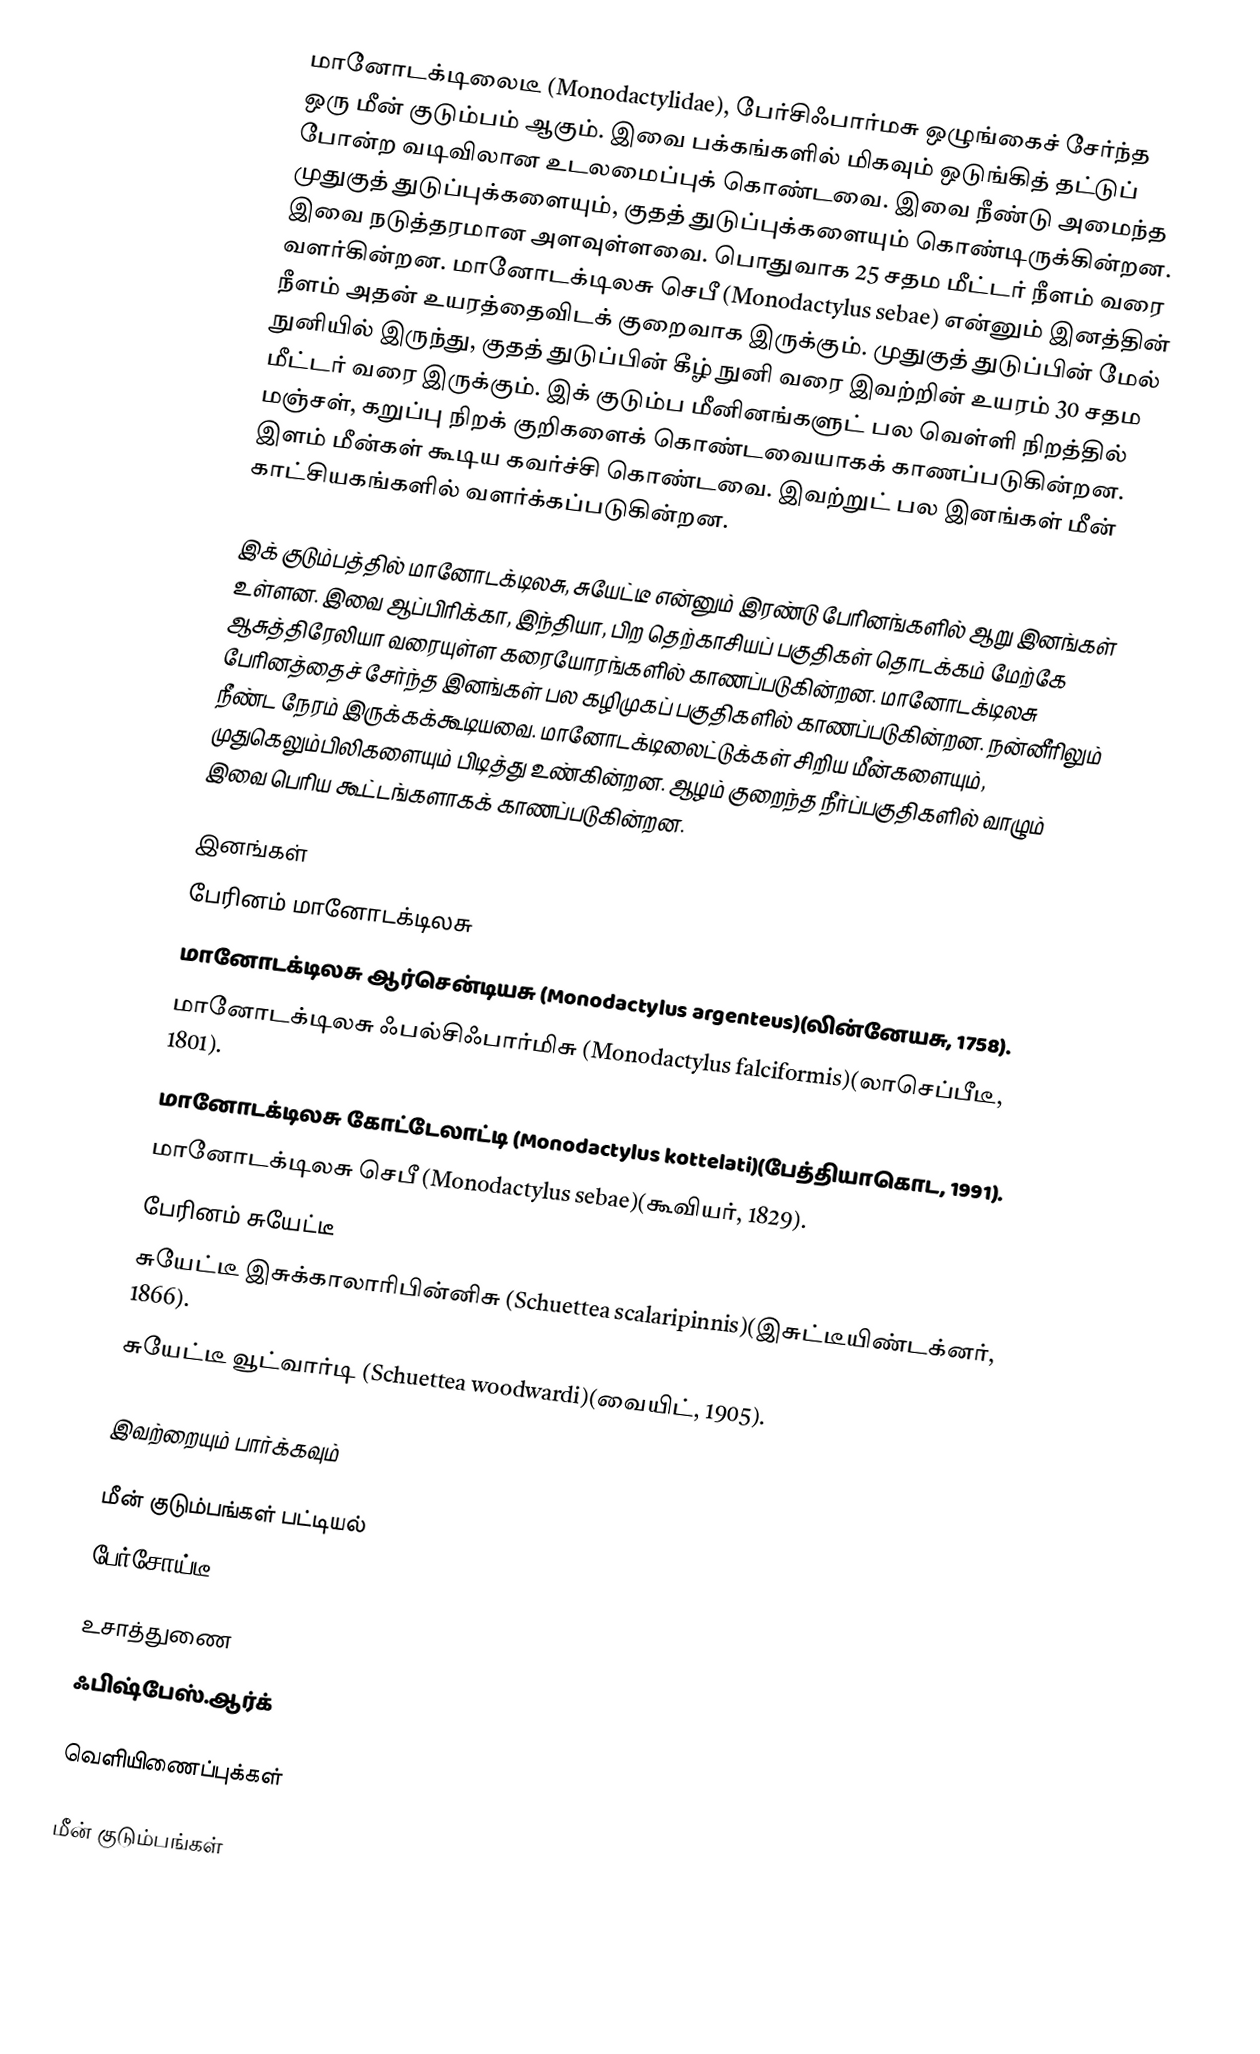
மானோடக்டிலைடீ (Monodactylidae), பேர்சிஃபார்மசு ஒழுங்கைச் சேர்ந்த ஒரு மீன் குடும்பம் ஆகும். இவை பக்கங்களில் மிகவும் ஒடுங்கித் தட்டுப் போன்ற வடிவிலான உடலமைப்புக் கொண்டவை. இவை நீண்டு அமைந்த முதுகுத் துடுப்புக்களையும், குதத் துடுப்புக்களையும் கொண்டிருக்கின்றன. இவை நடுத்தரமான அளவுள்ளவை. பொதுவாக 25 சதம மீட்டர் நீளம் வரை வளர்கின்றன. மானோடக்டிலசு செபீ (Monodactylus sebae) என்னும் இனத்தின் நீளம் அதன் உயரத்தைவிடக் குறைவாக இருக்கும். முதுகுத் துடுப்பின் மேல் நுனியில் இருந்து, குதத் துடுப்பின் கீழ் நுனி வரை இவற்றின் உயரம் 30 சதம மீட்டர் வரை இருக்கும். இக் குடும்ப மீனினங்களுட் பல வெள்ளி நிறத்தில் மஞ்சள், கறுப்பு நிறக் குறிகளைக் கொண்டவையாகக் காணப்படுகின்றன. இளம் மீன்கள் கூடிய கவர்ச்சி கொண்டவை. இவற்றுட் பல இனங்கள் மீன் காட்சியகங்களில் வளர்க்கப்படுகின்றன.

இக் குடும்பத்தில் மானோடக்டிலசு, சுயேட்டீ என்னும் இரண்டு பேரினங்களில் ஆறு இனங்கள் உள்ளன. இவை ஆப்பிரிக்கா, இந்தியா, பிற தெற்காசியப் பகுதிகள் தொடக்கம் மேற்கே ஆசுத்திரேலியா வரையுள்ள கரையோரங்களில் காணப்படுகின்றன. மானோடக்டிலசு பேரினத்தைச் சேர்ந்த இனங்கள் பல கழிமுகப் பகுதிகளில் காணப்படுகின்றன. நன்னீரிலும் நீண்ட நேரம் இருக்கக்கூடியவை. மானோடக்டிலைட்டுக்கள் சிறிய மீன்களையும், முதுகெலும்பிலிகளையும் பிடித்து உண்கின்றன. ஆழம் குறைந்த நீர்ப்பகுதிகளில் வாழும் இவை பெரிய கூட்டங்களாகக் காணப்படுகின்றன.

இனங்கள்
 பேரினம் மானோடக்டிலசு
 மானோடக்டிலசு ஆர்சென்டியசு (Monodactylus argenteus)(லின்னேயசு, 1758).
 மானோடக்டிலசு ஃபல்சிஃபார்மிசு (Monodactylus falciformis)(லாசெப்பீடீ, 1801).
 மானோடக்டிலசு கோட்டேலாட்டி (Monodactylus kottelati)(பேத்தியாகொட, 1991).
 மானோடக்டிலசு செபீ (Monodactylus sebae)(கூவியர், 1829).
 பேரினம் சுயேட்டீ
 சுயேட்டீ இசுக்காலாரிபின்னிசு (Schuettea scalaripinnis)(இசுட்டீயிண்டக்னர், 1866).
 சுயேட்டீ வூட்வார்டி (Schuettea woodwardi)(வையிட், 1905).

இவற்றையும் பார்க்கவும்

 மீன் குடும்பங்கள் பட்டியல்
 பேர்சோய்டீ

உசாத்துணை
 ஃபிஷ்பேஸ்.ஆர்க்

வெளியிணைப்புக்கள்

மீன் குடும்பங்கள்